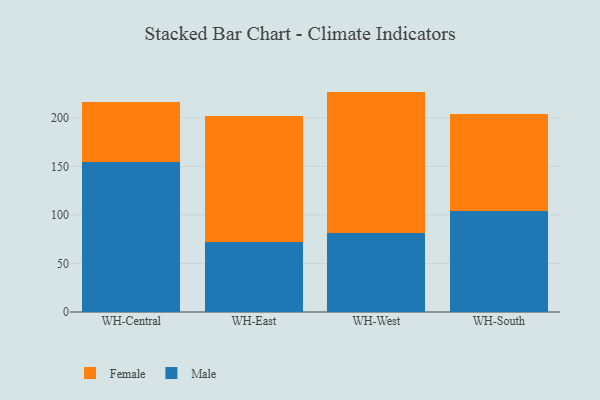
{"axis": {"x": "Warehouse", "y": "Revenue (USD Million)"}, "legend": ["Female", "Male"], "data": [{"x": "WH-Central", "y": 154.3, "type": "Male"}, {"x": "WH-Central", "y": 62.1, "type": "Female"}, {"x": "WH-East", "y": 72.2, "type": "Male"}, {"x": "WH-East", "y": 130.0, "type": "Female"}, {"x": "WH-West", "y": 81.3, "type": "Male"}, {"x": "WH-West", "y": 145.6, "type": "Female"}, {"x": "WH-South", "y": 104.3, "type": "Male"}, {"x": "WH-South", "y": 99.2, "type": "Female"}]}